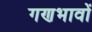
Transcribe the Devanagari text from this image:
गणभावों